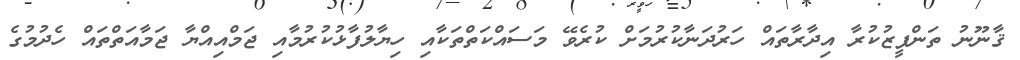
ޤާނޫނު ތަންފީޒުކުރާ އިދާރާތައް ހަރުދަނާކުރުމަށް ކުރެވޭ މަސައްކަތްތަކާއި ހިޔާލުފާޅުކުރުމާއި ޖަމްއިއްޔާ ޖަމާއަތްތައް ހެދުމުގެ